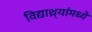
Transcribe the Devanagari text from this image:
विद्याथ्र्यांमध्ये